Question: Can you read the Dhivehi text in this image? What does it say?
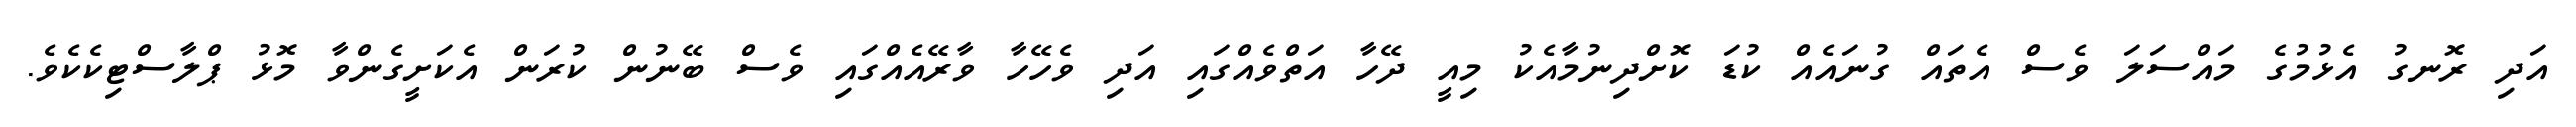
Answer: އަދި ރޮނގު އެޅުމުގެ މައްސަލަ ވެސް އެތައް ގުނައެއް ކުޑަ ކޮށްދިނުމާއެކު މިއީ ދޭހާ އަތްވެއްގައި އަދި ވެހޭހާ ވާރޭއެއްގައި ވެސް ބޭނުން ކުރަން އެކަށީގެންވާ މޮޅު ޕްލާސްޓިކެކެވެ.